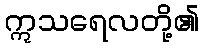
ဣသရေလတို့၏